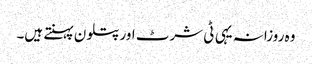
وہ روزانہ یہی ٹی شرٹ اور پتلون پہنتے ہیں۔